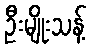
ဦးမျိုးသန့်